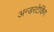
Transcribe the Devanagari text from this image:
अन्डरटेकिंग